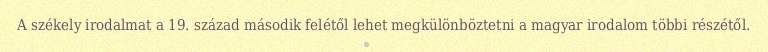
A székely irodalmat a 19. század második felétől lehet megkülönböztetni a magyar irodalom többi részétől.